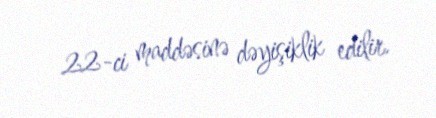
22-ci maddəsinə dəyişiklik edilir.